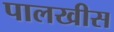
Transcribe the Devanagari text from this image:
पालखीस